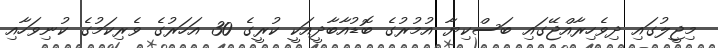
މިޖީލުގައި ދިވެހިރާއްޖޭގައި ބަސްކިޔާ އުމުރުގެ ބޮޑުއާބާދީއަކީ ކުރީގެ 30 އަހަރުގެ ވެރިކަމުގެ ކުނިވަހާއި